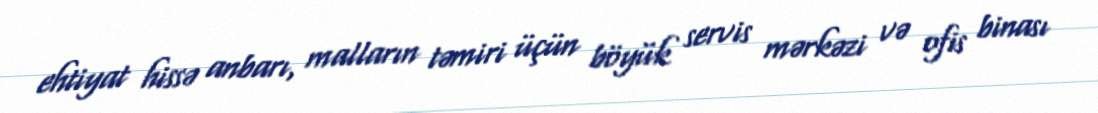
ehtiyat hissə anbarı, malların təmiri üçün böyük servis mərkəzi və ofis binası